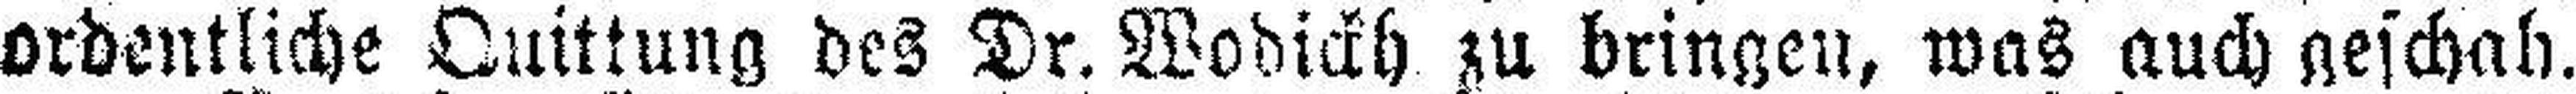
ordentliche Quittung des Dr. Wodickh zu bringen, was auch geschah.